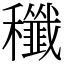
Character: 䆎